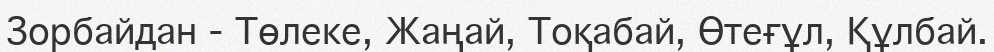
Зорбайдан - Төлеке, Жаңай, Тоқабай, Өтеғұл, Құлбай.